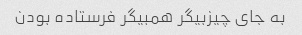
به جای چیزبیگر همبیگر فرستاده بودن